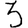
Digit: 3